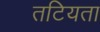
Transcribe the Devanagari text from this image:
तटियता